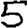
Digit: 5